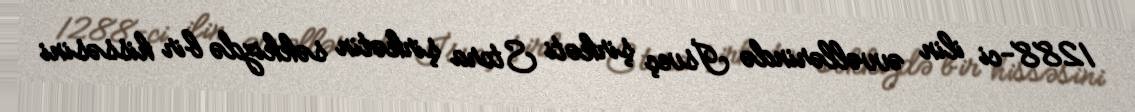
1288-ci ilin əvvəllərində İsveç şirkəti Stora şirkətin səkkizdə bir hissəsini